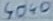
Text: 4040